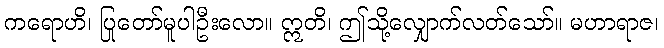
ကရောဟိ၊ ပြုတော်မူပါဦးလော။ ဣတိ၊ ဤသို့လျှောက်လတ်သော်။ မဟာရာဇ၊